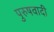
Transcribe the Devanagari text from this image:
पुरुषवादी